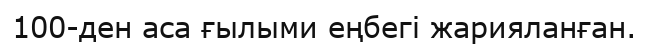
100-ден аса ғылыми еңбегі жарияланған.